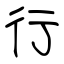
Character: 行